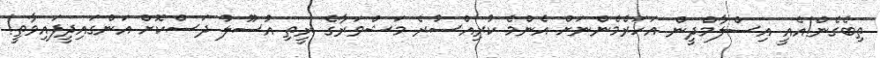
ތިބެގެން!އެއީ އިސްލާމްދީން އަހަރެމެންނަށް އެންމެ ކުރިއްސުރެ މަޝްވަރާގެ ރީތި އުސޫލު ދަސްކޮށް އަންގައިދީފައިވާތީ!